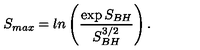
S _ { m a x } = l n \left( { \frac { \exp { S _ { B H } } } { S _ { B H } ^ { 3 / 2 } } } \right) .